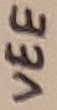
Text: VEE